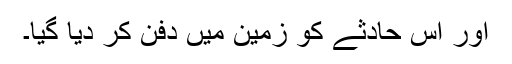
اور اس حادثے کو زمین میں دفن کر دیا گیا۔